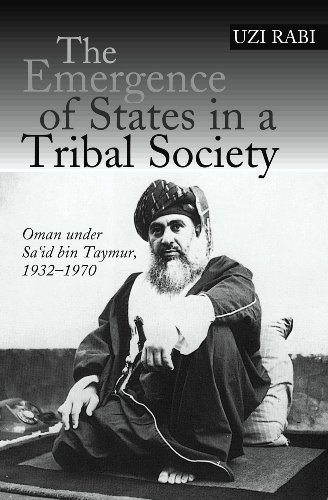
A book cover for The Emergence of States in a Tribal Society: Oman Under Sa'id bin Taymur, 1932EE1970; Uzi Rabi; History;